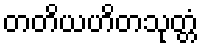
တတိယဟိတသုတ္တံ